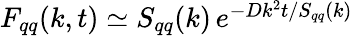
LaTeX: \begin{array}{r}{F_{qq}(k,t)\simeq S_{qq}(k)\, e^{-Dk^{2}t/S_{qq}(k)}}\end{array}